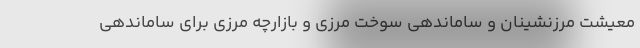
معیشت مرزنشینان و ساماندهی سوخت مرزی و بازارچه مرزی برای ساماندهی